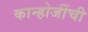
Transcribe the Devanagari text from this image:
कान्होजींची